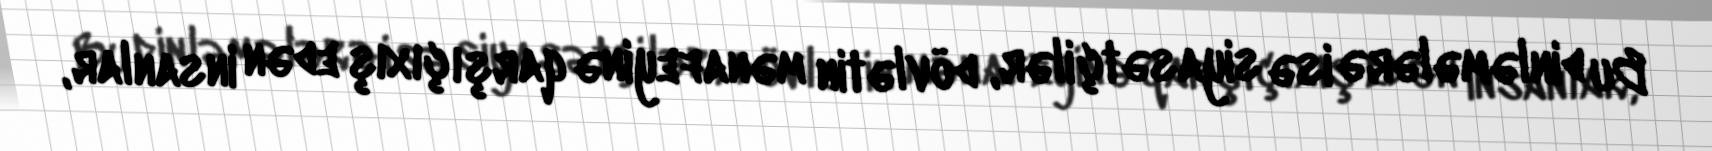
Bu dinləmələrə isə siyasətçilər, dövlətin mənafeyinə qarşı çıxış edən insanlar,